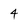
Character: 4